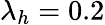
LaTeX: \lambda_{h}=0.2